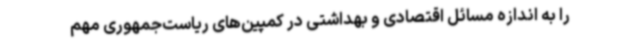
را به اندازه مسائل اقتصادی و بهداشتی در کمپین‌های ریاست‌جمهوری مهم